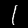
Digit: 1